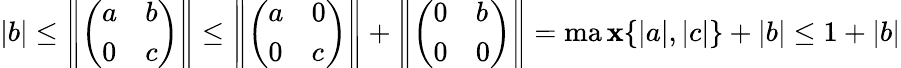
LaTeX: |b|\leq\left\| \left(\begin{array}{ll}{a}&{b}\\ {0}&{c}\end{array}\right)\right\| \leq\left\| \left(\begin{array}{ll}{a}&{0}\\ {0}&{c}\end{array}\right)\right\| +\left\| \left(\begin{array}{ll}{0}&{b}\\ {0}&{0}\end{array}\right)\right\| =\operatorname*{ma\mathbf{x}}\{ |a|,|c|\} +|b|\leq1+|b|